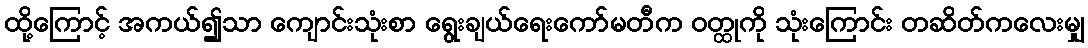
ထို့ကြောင့် အကယ်၍သာ ကျောင်းသုံးစာ ရွေးချယ်ရေးကော်မတီက ဝတ္ထုကို သုံးကြောင်း တဆိတ်ကလေးမျှ